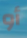
أو